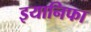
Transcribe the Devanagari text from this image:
इयानिफा